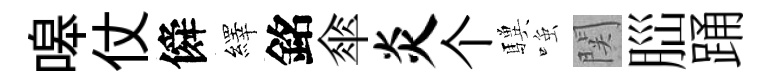
嗥仗僢繹銘傘炎个驥𫪻関𦛁踊